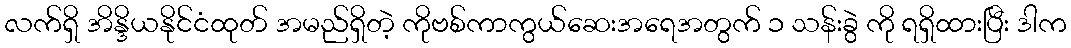
လက်ရှိ အိန္ဒိယနိုင်ငံထုတ် အမည်ရှိတဲ့ ကိုဗစ်ကာကွယ်ဆေးအရေအတွက် ၁ သန်းခွဲ ကို ရရှိထားပြီး ဒါက